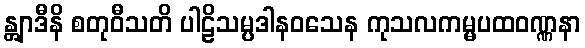
န္တျာဒီနိ စတုဝီသတိ ပါဠိသမ္ပဒါနဝသေန ကုသလကမ္မပထဝဏ္ဏနာ